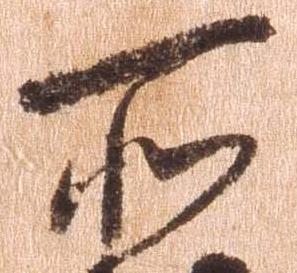
所